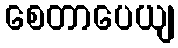
စေတာပေယျ